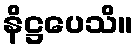
နိဋ္ဌပေသိ။